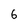
Character: 6